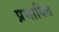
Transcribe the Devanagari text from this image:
प्रभाबित